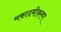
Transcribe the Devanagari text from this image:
मकादमीकरण